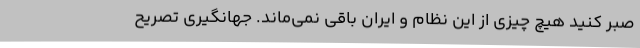
صبر کنید هیچ چیزی از این نظام و ایران باقی نمی‌ماند. جهانگیری تصریح